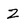
Character: Z